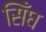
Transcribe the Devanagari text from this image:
सिँघ